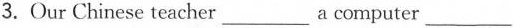
3.Our Chinese teacher ___ a computer ___